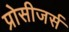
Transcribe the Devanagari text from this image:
प्रोसीजर्स